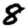
Digit: 8